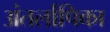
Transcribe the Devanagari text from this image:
अंतर्लापिका